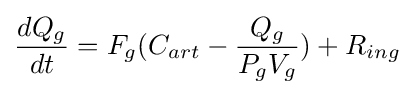
{dQ_{g} \over dt}=F_{g}(C_{art}-{{Q_{g}} \over {P_{g}V_{g}}})+R_{ing}